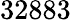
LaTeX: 32883